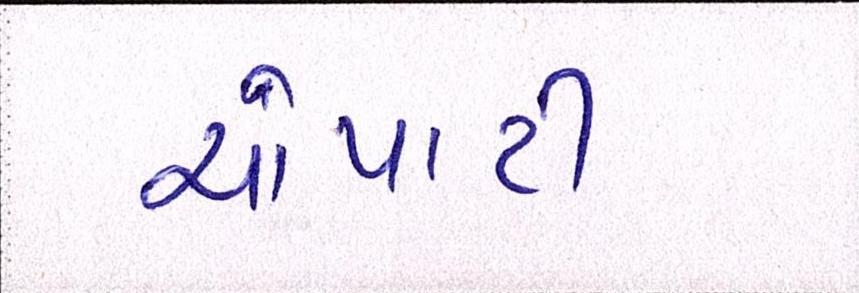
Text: ચોપાટી